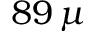
8 9 \, \mu